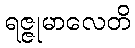
ရဇ္ဇုမာလေတိ